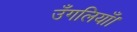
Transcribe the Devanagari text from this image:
उँगलियाँ।